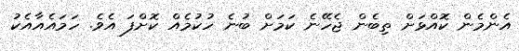
އެންމެން ކޮއްޅަށް ތިބެން ޖެހޭނެ ކަމަށް ބުނެ ހުކުމެއް ކޮށްފަ އެވެ. ހަމައެއާއެކު